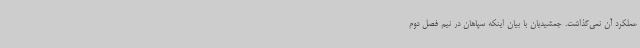
عملکرد آن نمی‌گذاشت. جمشیدیان با بیان اینکه سپاهان در نیم فصل دوم